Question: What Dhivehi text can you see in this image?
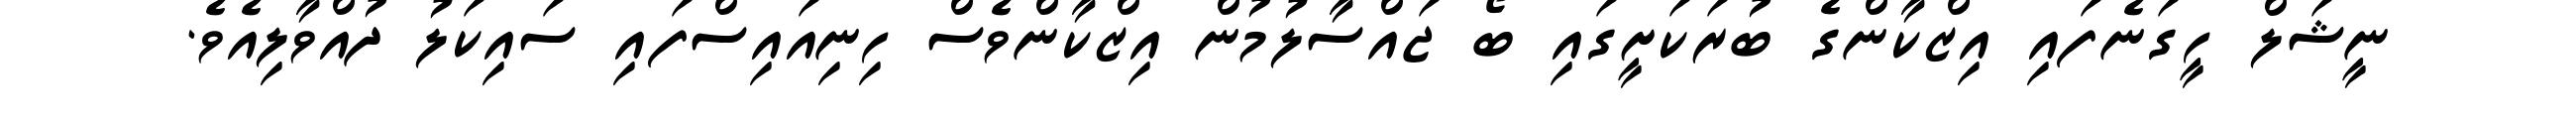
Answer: ނީޝަލް ހީގަނެފައި އިޒްކާންގެ ބުރަކަށީގައި ބޯ ޖައްސާލުމުން އިޒްކާންވެސް ހިނިއައިސްފައި ސައިކަލު ދުއްވާލިއެވެ.